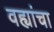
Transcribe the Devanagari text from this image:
वह्यांचा